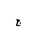
Letter: _gim